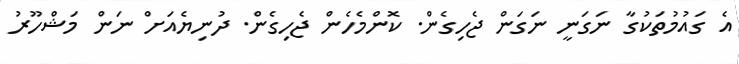
އެ ގައުމުތަކުގާ ނަގަނީ ނަގަން ޖެހިގެން. ކޮންމެހެން ޖެހިގެން. ދުނިޔެއަށް ނަން މަޝްހޫރު